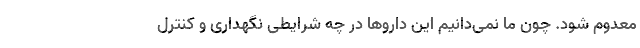
معدوم شود. چون ما نمی‌دانیم این داروها در چه شرایطی نگهداری و کنترل